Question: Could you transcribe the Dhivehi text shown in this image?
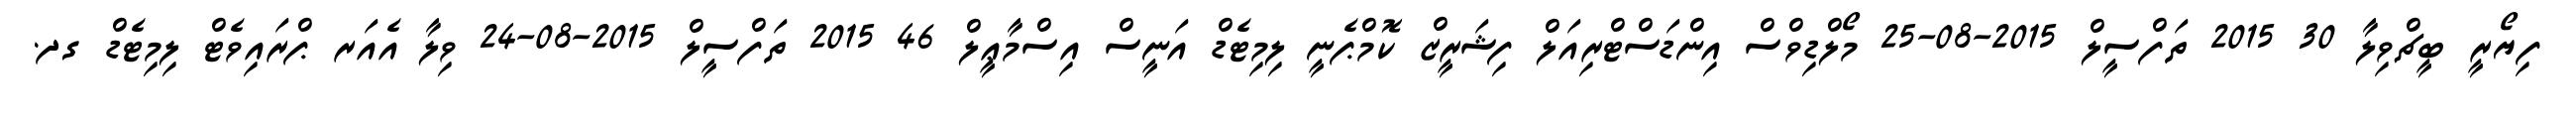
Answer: ފިޔޯރީ ބީޗްވިލާ 30 2015 ތަފްސީލް 2015-08-25 މޯލްޑިވްސް އިންޑަސްޓްރިއަލް ފިޝަރީޒް ކޮމްޕެނީ ލިމިޓެޑް އަނީސް އިސްމާޢީލް 46 2015 ތަފްސީލް 2015-08-24 ވިލާ އެއަރ ޕްރައިވެޓް ލިމިޓެޑް ގދ.